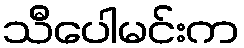
သီပေါမင်းက